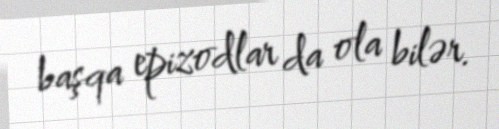
başqa epizodlar da ola bilər.